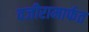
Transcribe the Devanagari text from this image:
वजीरामार्फत